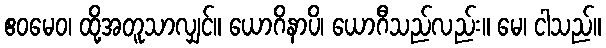
ဧဝမေဝ၊ ထို့အတူသာလျှင်။ ယောဂိနာပိ၊ ယောဂီသည်လည်း။ မေ၊ ငါသည်။